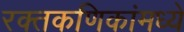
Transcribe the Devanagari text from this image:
रक्तकणिकांमध्ये